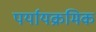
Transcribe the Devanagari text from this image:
पर्यायक्रमिक